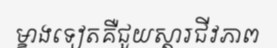
ម្ខាងទៀតគឺជួយស្តារជីវភាព